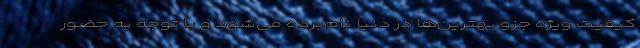
کیفیت ویژه جزو بهترین‌ها در دنیا نام‌برده می‌شود و با توجه به حضور